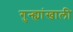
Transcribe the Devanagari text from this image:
गुन्ह्यांखाली